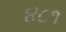
૪૮૧